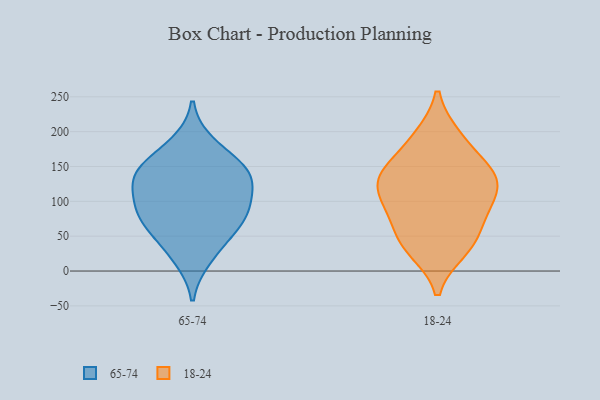
{"axis": {"x": "Tickets Resolved", "y": "Value"}, "legend": ["18-24", "65-74"], "data": [{"x": "", "y": 19, "type": "65-74"}, {"x": "", "y": 182, "type": "65-74"}, {"x": "", "y": 45, "type": "65-74"}, {"x": "", "y": 152, "type": "65-74"}, {"x": "", "y": 82, "type": "65-74"}, {"x": "", "y": 70, "type": "65-74"}, {"x": "", "y": 82, "type": "65-74"}, {"x": "", "y": 121, "type": "65-74"}, {"x": "", "y": 135, "type": "65-74"}, {"x": "", "y": 145, "type": "65-74"}, {"x": "", "y": 133, "type": "65-74"}, {"x": "", "y": 92, "type": "65-74"}, {"x": "", "y": 58, "type": "18-24"}, {"x": "", "y": 192, "type": "18-24"}, {"x": "", "y": 133, "type": "18-24"}, {"x": "", "y": 142, "type": "18-24"}, {"x": "", "y": 46, "type": "18-24"}, {"x": "", "y": 32, "type": "18-24"}, {"x": "", "y": 148, "type": "18-24"}, {"x": "", "y": 193, "type": "18-24"}, {"x": "", "y": 30, "type": "18-24"}, {"x": "", "y": 143, "type": "18-24"}, {"x": "", "y": 119, "type": "18-24"}, {"x": "", "y": 96, "type": "18-24"}, {"x": "", "y": 88, "type": "18-24"}, {"x": "", "y": 91, "type": "18-24"}, {"x": "", "y": 125, "type": "18-24"}]}